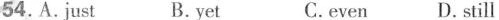
54.A.just B.yet C.even D.still